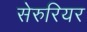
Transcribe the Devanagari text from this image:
सेरुरियर